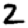
Digit: 2